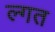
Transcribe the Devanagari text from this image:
ल्गत